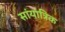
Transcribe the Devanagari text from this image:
सांयात्रिक